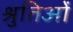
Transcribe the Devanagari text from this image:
श्रुतिओं